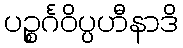
ပဉ္စင်္ဂဝိပ္ပဟီနာဒိ